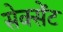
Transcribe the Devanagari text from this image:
सेक्सेंट